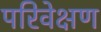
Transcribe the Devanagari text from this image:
परिवेक्षण